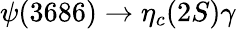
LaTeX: \psi(3686)\rightarrow\eta_{c}(2S)\gamma